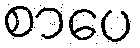
စာပေ